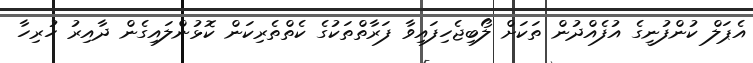
އެޕަލް ކުންފުނީގެ އުފެއްދުން ތަކަށް ލޯބިޖެހިފައިވާ ފަރާތްތަކުގެ ކެތްތެރިކަން ކޮޅުންލައިގެން ދާއިރު ހުރިހާ